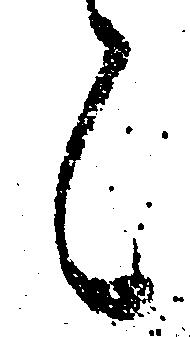
候